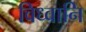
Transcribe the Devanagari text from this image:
विध्वानि